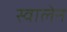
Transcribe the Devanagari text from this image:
स्वालेन